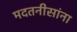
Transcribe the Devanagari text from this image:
मदतनीसांना